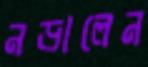
নড়ালেন